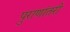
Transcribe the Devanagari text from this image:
पुराणांतरी